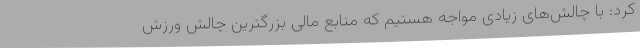
کرد: با چالش‌های زیادی مواجه هستیم که منابع مالی بزرگترین چالش ورزش